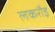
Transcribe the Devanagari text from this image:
लकरौइ